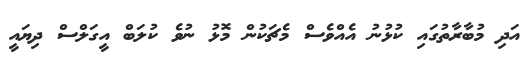
އަދި މުބާރާތުގައި ކުޅުނު އެއްވެސް މެޗަކުން މޮޅު ނުވެ ކުލަބް އީގަލްސް ދިޔައީ